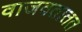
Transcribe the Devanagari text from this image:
वाजवतातत